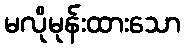
မလိုမုန်းထားသော